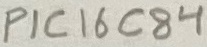
Text: PIC16C84